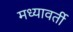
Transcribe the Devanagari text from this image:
मध्यावर्ती